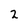
Character: 2